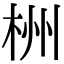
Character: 栦